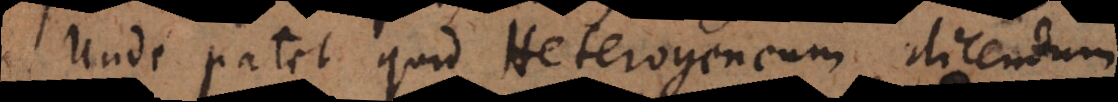
Unde patet quid Heterogeneum dicendum